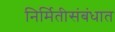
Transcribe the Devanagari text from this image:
निर्मितीसंबंधात